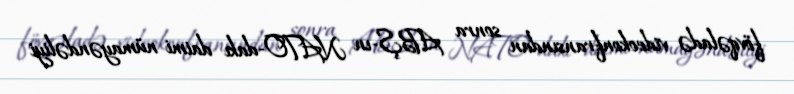
fövqəladə videokonfransından sonra ABŞ-ın NATO-dakı daimi nümayəndəliyi